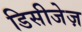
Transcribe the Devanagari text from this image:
डिसीजेज़